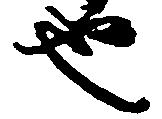
也